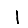
Digit: 1